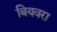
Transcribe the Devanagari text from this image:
बियवरा